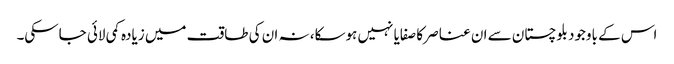
اس کے باوجود بلوچستان سے ان عناصر کا صفایا نہیں ہوسکا، نہ ان کی طاقت میں زیادہ کمی لائی جاسکی۔